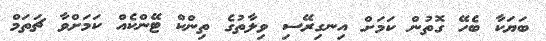
ބަޔަކާ ބެހޭ ގޮތުން ކަމަށް އިނގިރޭސި ވިލާތުގެ ތިންކް ޓޭންކެއް ކަމަށްވާ ޗަތަމް